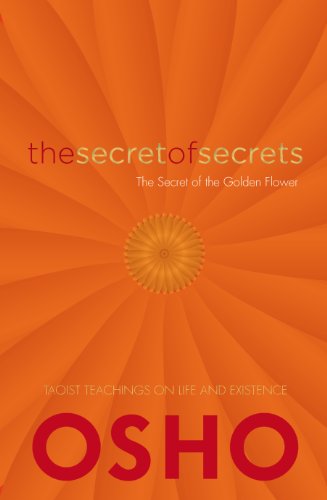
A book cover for The Secret of Secrets: The Secrets of the Golden Flower; Osho; Religion & Spirituality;